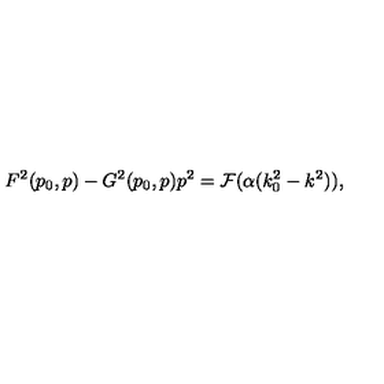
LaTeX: F ^ { 2 } ( p _ { 0 } , p ) - G ^ { 2 } ( p _ { 0 } , p ) p ^ { 2 } = { \cal F } ( \alpha ( k _ { 0 } ^ { 2 } - k ^ { 2 } ) ) ,